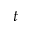
t